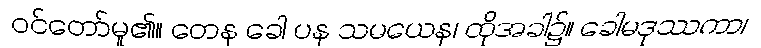
ဝင်တော်မူ၏။ တေန ခေါ ပန သမယေန၊ ထိုအခါ၌။ ခေါမဒုဿကာ၊